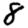
Digit: 8